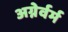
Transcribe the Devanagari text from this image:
अग्नेर्वर्म